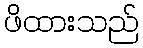
ဖိထားသည်